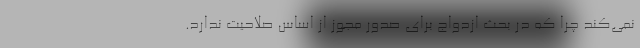
نمی‌کند چرا که در بحث ازدواج برای صدور مجوز از اساس صلاحیت ندارد.